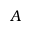
A